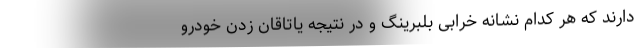
دارند که هر کدام نشانه خرابی بلبرینگ و در نتیجه یاتاقان زدن خودرو